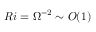
R i = \Omega ^ { - 2 } \sim O ( 1 )